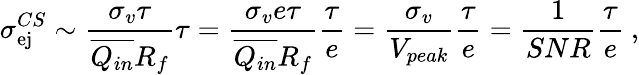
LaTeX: \sigma_{\mathrm{ej}}^{CS}\sim\frac{\sigma_{v}\tau}{\overline{{Q_{in}}}R_{f}}\tau=\frac{\sigma_{v}e\tau}{\overline{{Q_{in}}}R_{f}}\frac{\tau}{e}=\frac{\sigma_{v}}{V_{peak}}\frac{\tau}{e}=\frac{1}{SNR}\frac{\tau}{e}~,